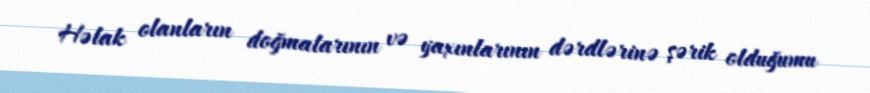
Həlak olanların doğmalarının və yaxınlarının dərdlərinə şərik olduğumu